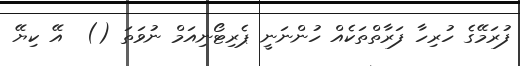
ފުރަމޭގެ ހުރިހާ ފަރާތްތަކެއް ހުންނަނީ ޕެރިޓޯނިއަމް ނުވަތަ ()  އޭ ކިޔޭ